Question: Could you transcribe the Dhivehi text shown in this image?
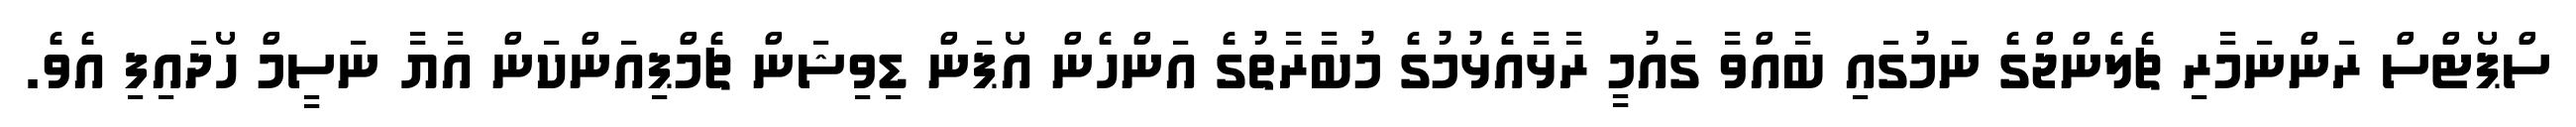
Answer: ސްޕޯޓްސް ރަންނަމާރި ޗެލެންޖްގެ ނަމުގައި ބާއްވާ ގައުމީ ރާޅާއެޅުމުގެ މުބާރާތުގެ އަންހެން އޯޕަން ޑިވިޝަން ޗެމްޕިއަންކަން އާޔާ ނަސީމް ހޯދައިފި އެވެ.